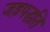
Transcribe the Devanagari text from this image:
जड़पद्धति